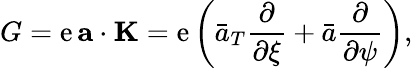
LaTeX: G=\mathrm{e}\, {\mathbf{a}}\cdot{\mathbf{K}}=\mathrm{e}\left(\bar{{a}}_{T}\frac{{\partial}}{{\partial\xi}}+\bar{{a}}\frac{{\partial}}{{\partial\psi}}\right),